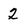
Character: 2